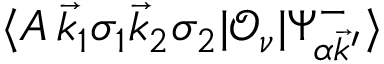
\langle A \, \vec { k } _ { 1 } \sigma _ { 1 } \vec { k } _ { 2 } \sigma _ { 2 } | \mathcal { O } _ { \nu } | \Psi _ { \alpha \vec { k } ^ { \prime } } ^ { - } \rangle